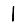
Digit: 1